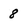
Character: 8